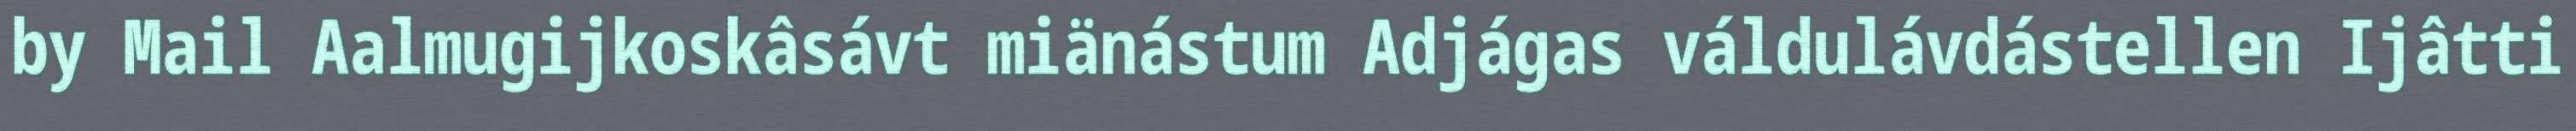
by Mail Aalmugijkoskâsávt miänástum Adjágas váldulávdástellen Ijâtti